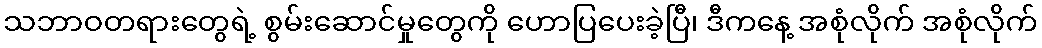
သဘာဝတရားတွေရဲ့ စွမ်းဆောင်မှုတွေကို ဟောပြပေးခဲ့ပြီ၊ ဒီကနေ့ အစုံလိုက် အစုံလိုက်